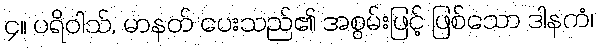
၄။ ပရိဝါသ်, မာနတ် ပေးသည်၏ အစွမ်းဖြင့် ဖြစ်သော ဒါနကံ၊